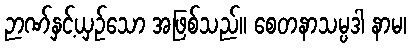
ဉာဏ်နှင့်ယှဉ်သော အဖြစ်သည်။ စေတနာသမ္ပဒါ နာမ၊